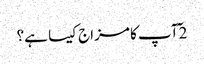
2 ٓآپ کا مزاج کیسا ہے؟